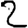
Digit: 2